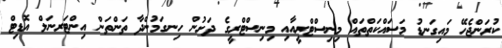
ކުރަންޖެހޭ މައިގަނޑު މަސައްކަތްތައް މިނިސްޓްރީއާއި މިނިސްޓްރީގެ ދަށުން ހިނގަމުންދާ ތަންތަން އިންޓަރނަލް އޮޑިޓް